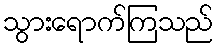
သွားရောက်ကြသည်